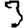
Digit: 3